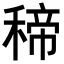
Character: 𥠒